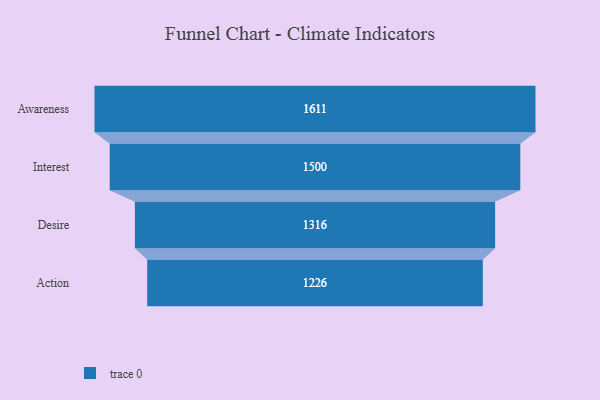
{"axis": {"x": "Stage", "y": "Value"}, "legend": [""], "data": [{"x": "Awareness", "y": 1611.0, "type": ""}, {"x": "Interest", "y": 1500.0, "type": ""}, {"x": "Desire", "y": 1316.0, "type": ""}, {"x": "Action", "y": 1226.0, "type": ""}]}